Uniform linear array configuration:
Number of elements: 8
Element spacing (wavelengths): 0.5
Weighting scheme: kaiser
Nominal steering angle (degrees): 30
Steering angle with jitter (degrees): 30.679
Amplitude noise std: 0.05
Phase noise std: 0.05

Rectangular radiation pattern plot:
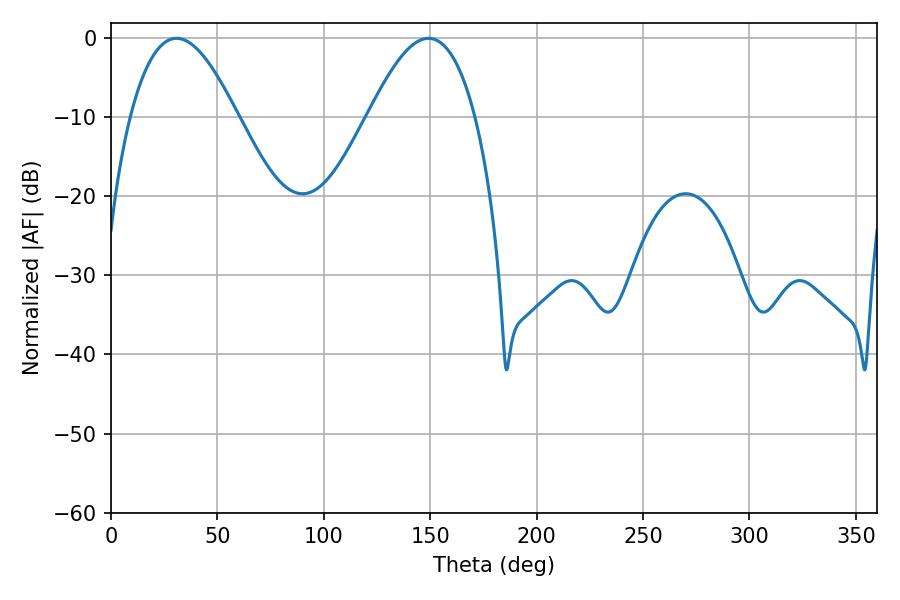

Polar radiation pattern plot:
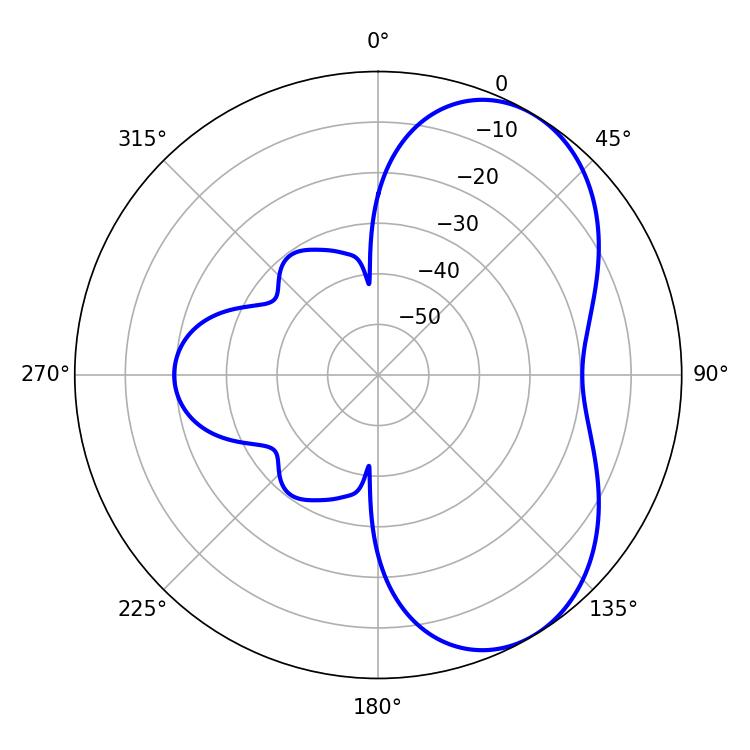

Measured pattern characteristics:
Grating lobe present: FALSE
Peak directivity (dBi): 5.547
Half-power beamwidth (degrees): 27.36
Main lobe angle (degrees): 30.78